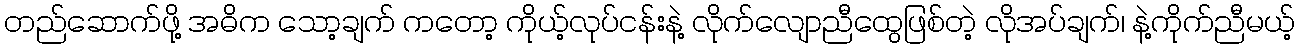
တည်ဆောက်ဖို့ အဓိက သော့ချက် ကတော့ ကိုယ့်လုပ်ငန်းနဲ့ လိုက်လျောညီထွေဖြစ်တဲ့ လိုအပ်ချက်၊ နဲ့ကိုက်ညီမယ့်